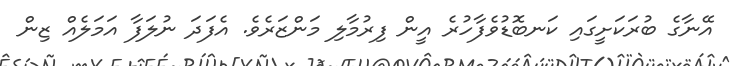
އޭނާގެ ބުރަކަށީގައި ކަނބޮޑުވެފާހުރެ އީން ފިރުމާލި މަންޒަރެވެ. އެފަދަ ނުލަފާ އަމަލެއް ޒިން